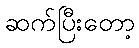
ဆက်ပြီးတော့